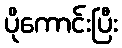
ပိုကောင်းပြီး